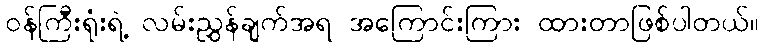
ဝန်ကြီးရုံးရဲ့ လမ်းညွှန်ချက်အရ အကြောင်းကြား ထားတာဖြစ်ပါတယ်။